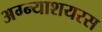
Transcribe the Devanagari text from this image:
अग्न्याशयरस